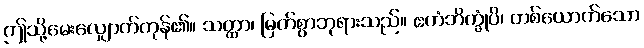
ဤသို့မေးလျှောက်ကုန်၏။ သတ္ထာ၊ မြတ်စွာဘုရားသည်။ ဧကံဘိက္ခုံပိ၊ တစ်ယောက်သော